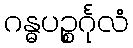
ဂန္ဓပဉ္စင်္ဂုလံ